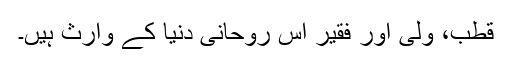
قطب، ولی اور فقیر اس روحانی دنیا کے وارث ہیں۔